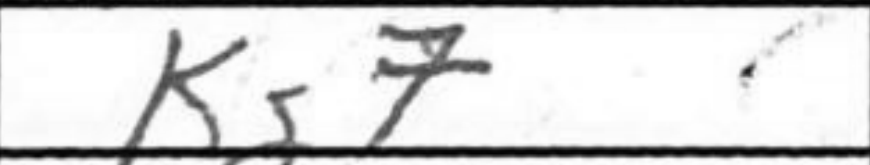
Transcription: Kg7